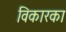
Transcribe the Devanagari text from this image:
विकारका